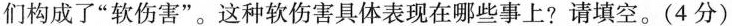
们构成了”软伤害”。这种软伤害具体表现在哪些事上?请填空。(4分)